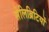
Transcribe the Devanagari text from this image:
सेलिब्रिटियों